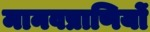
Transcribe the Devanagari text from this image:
मानवप्राणियों